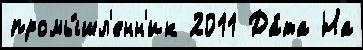
промы́шл'енн'ик 2011 Да́та На